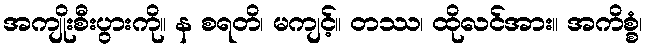
အကျိုးစီးပွားကို။ န စရတိ၊ မကျင့်။ တဿ၊ ထိုလင်အား။ အကိစ္စံ၊